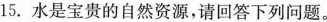
15.水是宝贵的自然资源，请回答下列问题。